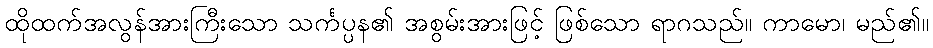
ထိုထက်အလွန်အားကြီးသော သင်္ကပ္ပန၏ အစွမ်းအားဖြင့် ဖြစ်သော ရာဂသည်။ ကာမော၊ မည်၏။